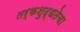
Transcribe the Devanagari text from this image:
तर्कशुद्धतेचा